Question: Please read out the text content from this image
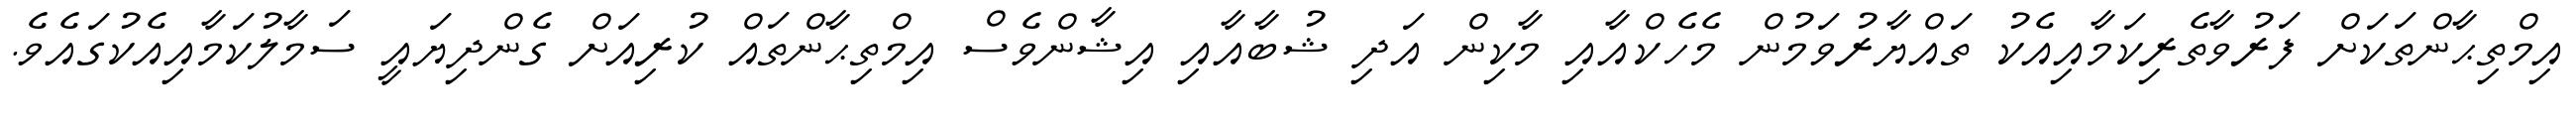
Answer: އިމްތިޙާންތަކަށް ފަރުވާތެރިކަމާއިއެކު ތައްޔާރުވަމުން މެހެކްއާއި މާކިން އަދި ޝުބާއާއި އިޝާންވެސް އިމްތިޙާންތައް ކުރިއަށް ގެންދިޔައީ ސަމާލުކަމާއިއެކުގައެވެ.